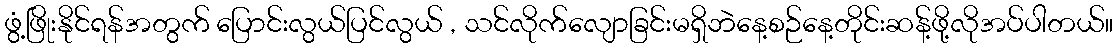
ဖွံ့ဖြိုးနိုင်ရန်အတွက် ပြောင်းလွယ်ပြင်လွယ် , သင်လိုက်လျောခြင်းမရှိဘဲနေ့စဉ်နေ့တိုင်းဆန့်ဖို့လိုအပ်ပါတယ်။